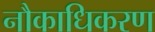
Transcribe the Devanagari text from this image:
नौकाधिकरण